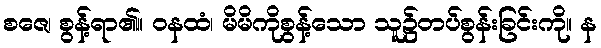
စဇေ၊ စွန့်ရာ၏။ ဝနထံ၊ မိမိကိုစွန့်သော သူ၌တပ်စွန်းခြင်းကို။ န